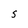
Character: s